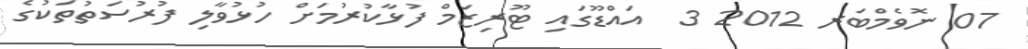
07 ނޮވެމްބަރ 2012 3  އައްޑޫގައި ޓޫރިޒަމް ފުޅާކުރުމަށް ހުޅުވާލި ފުރުސަތުތަކުގެ